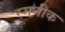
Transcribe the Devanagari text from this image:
रमनीक